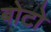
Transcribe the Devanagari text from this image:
बोटो